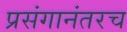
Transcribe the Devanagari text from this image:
प्रसंगानंतरच